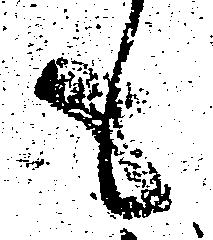
も